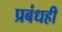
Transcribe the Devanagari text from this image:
प्रबंधही